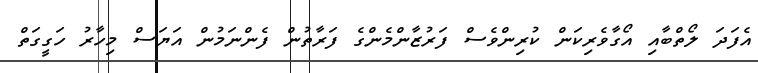
އެފަދަ ލޯތްބާއި އޯގާވެރިކަން ކުރިންވެސް ފަރުޒާންމެންގެ ފަރާތުން ފެންނަމުން އަޔަސް މިހާރު ހަގީގަތް